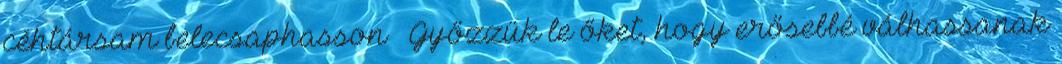
céhtársam belecsaphasson – Győzzük le őket, hogy erősebbé válhassanak